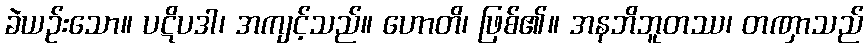
ခဲယဉ်းသော။ ပဋိပဒါ၊ အကျင့်သည်။ ဟောတိ၊ ဖြစ်၏။ အနဘိဘူတဿ၊ တဏှာသည်